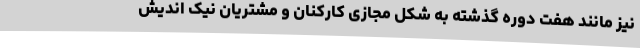
نیز مانند هفت دوره گذشته به شکل مجازی کارکنان و مشتریان نیک اندیش